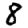
Digit: 8